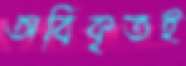
অবিকৃতই